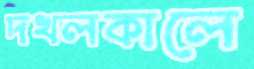
দখলকালে